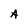
Character: A